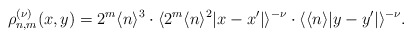
\begin{align*}\rho_{n,m}^{(\nu)}(x,y)=2^m \langle n\rangle^{3}\cdot \langle 2^m \langle n\rangle^{2} |x-x'|\rangle^{-\nu}\cdot\langle \langle n\rangle |y-y'|\rangle^{-\nu}.\end{align*}